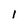
Character: l